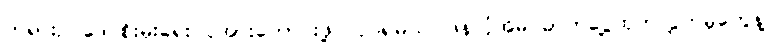
တရားဥပဒေ စိုးမိုးရေး ပိုအားကောင်းဖို့ လုပ်ရမယ်၊ ဖန်လုံအိမ် ဓာတ်ငွေ့ထုတ်လွှတ်မှုတွေနဲ့